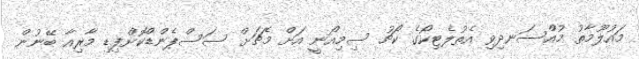
މައުލޫމާތު މުއްސަނދިވި އެތުލެޓިކޯގެ ކޯޗު ސިމިއޯނީ އަށް މެޗަށް ސަސްޕެންޑްކޮށްފިޑި މާރިއާ ބޭނުން